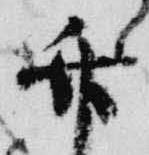
竹